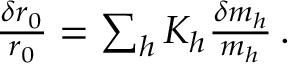
\begin{array} { r } { \frac { \delta r _ { 0 } } { r _ { 0 } } = \sum _ { h } K _ { h } \frac { \delta m _ { h } } { m _ { h } } \, . } \end{array}